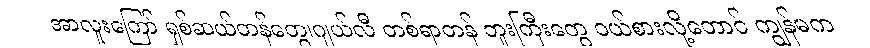
အာလူးကြော် ရှစ်ဆယ်တန်တွေ၊ဂျယ်လီ တစ်ရာတန် ဘူးကြီးတွေ ဝယ်စားလို့တောင် ကျွန်မက